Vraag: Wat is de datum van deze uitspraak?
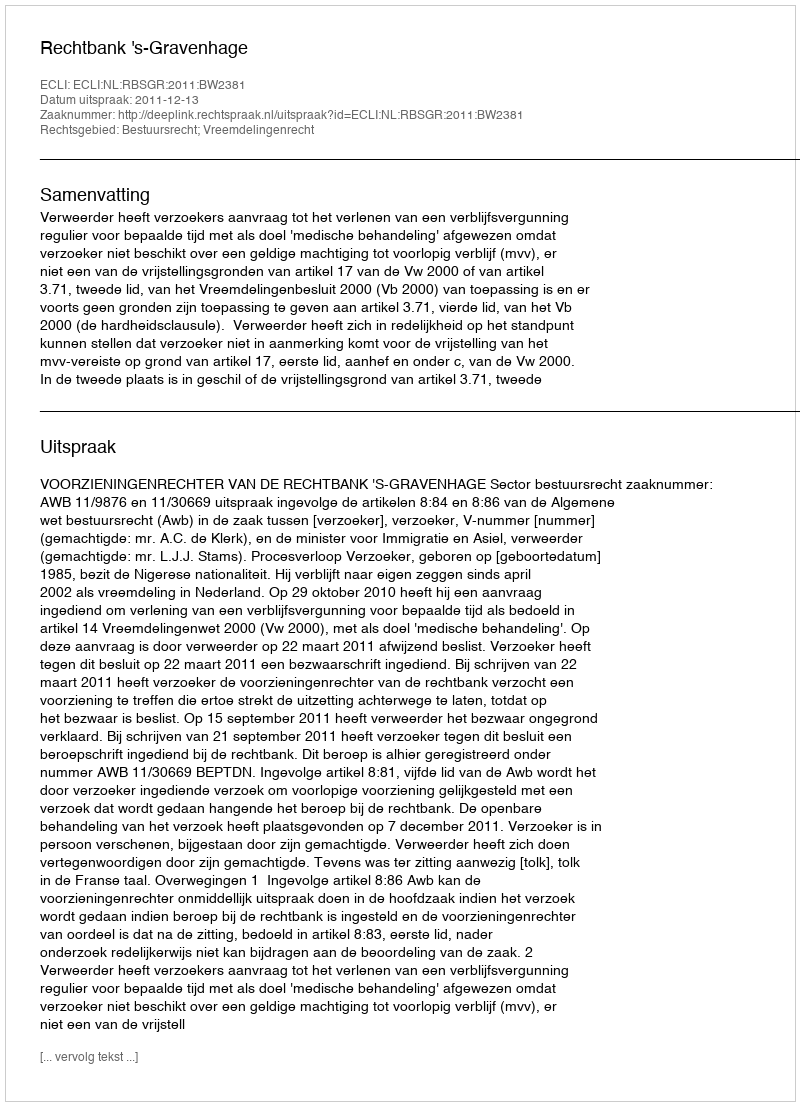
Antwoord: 2011-12-13